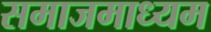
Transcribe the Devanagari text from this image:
समाजमाध्यम